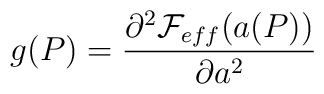
g(P)= \frac {\partial ^{2} {\cal F}_{eff}(a(P))}{\partial  a^{2}}